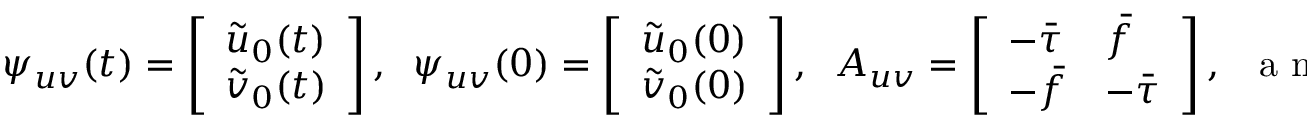
\begin{array} { r } { \boldsymbol { \psi } _ { u v } ( t ) = \left[ \begin{array} { l } { \tilde { u } _ { 0 } ( t ) } \\ { \tilde { v } _ { 0 } ( t ) } \end{array} \right] , \; \; \boldsymbol { \psi } _ { u v } ( 0 ) = \left[ \begin{array} { l } { \tilde { u } _ { 0 } ( 0 ) } \\ { \tilde { v } _ { 0 } ( 0 ) } \end{array} \right] , \; \; \boldsymbol { A } _ { u v } = \left[ \begin{array} { l l } { - \bar { \tau } } & { \bar { f } } \\ { - \bar { f } } & { - \bar { \tau } } \end{array} \right] , \; \; \mathrm { ~ a ~ n ~ d ~ } \; \; \boldsymbol { H } _ { u v } = - \frac { 1 } { F ^ { 2 } } \left[ \begin{array} { l } { \tilde { h } _ { x } } \\ { \tilde { h } _ { y } } \end{array} \right] , } \end{array}